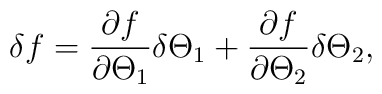
\delta f = \frac{\partial f}{\partial \Theta_1} \delta \Theta_1 +\frac{\partial f}{\partial \Theta_2} \delta \Theta_2,